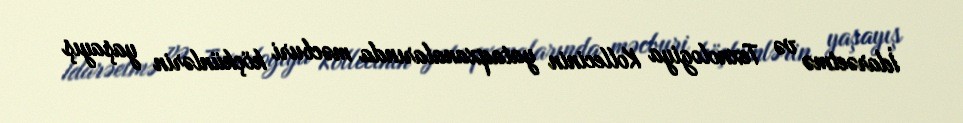
İdarəetmə və Texnologiya Kollecinin yataqxanalarında məcburi köçkünlərin yaşayış